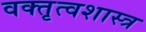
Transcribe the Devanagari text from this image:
वक्‍तृत्वशास्त्र